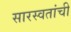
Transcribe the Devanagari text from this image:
सारस्वतांची